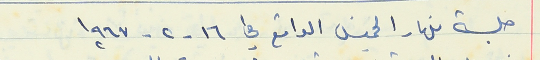
جلسة نهار الخميس الواقع في ١٦ - ٢ - ١٩٦٧